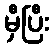
မှီပြီး